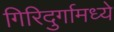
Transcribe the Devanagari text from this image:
गिरिदुर्गामध्ये